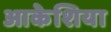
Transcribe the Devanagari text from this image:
आकेशिया